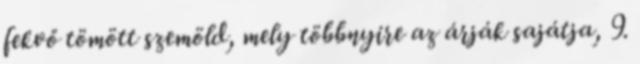
fekvő tömött szemöld, mely többnyire az árják sajátja, 9.